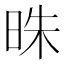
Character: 𣆦